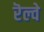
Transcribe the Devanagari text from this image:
रॆल्वे